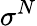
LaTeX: \sigma^{N}